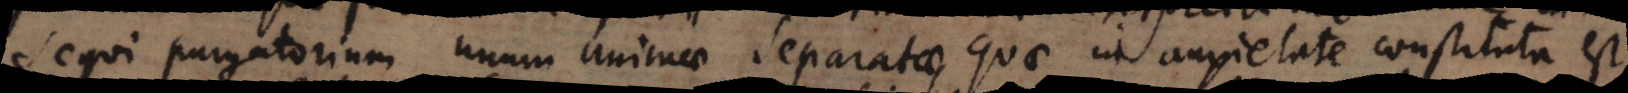
sequi purgatorium unum animae separatae, quae in anxietate constituta est,